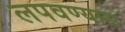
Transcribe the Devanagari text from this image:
लपवण्यास